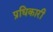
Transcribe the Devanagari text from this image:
प्रधिकारी